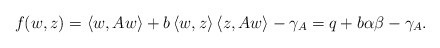
\begin{align*} f(w,z) = \left\langle w,Aw\right\rangle + b\left\langle w,z\right\rangle\left\langle z,Aw\right\rangle-\gamma_A = q + b\alpha\beta - \gamma_A. \end{align*}